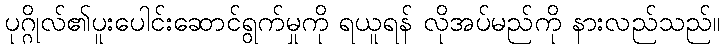
ပုဂ္ဂိုလ်၏ပူးပေါင်းဆောင်ရွက်မှုကို ရယူရန် လိုအပ်မည်ကို နားလည်သည်။